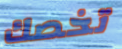
تخصك